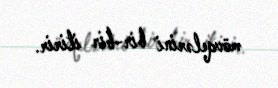
mövqelərini bir-bir itirir.